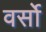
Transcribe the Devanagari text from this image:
वर्सो